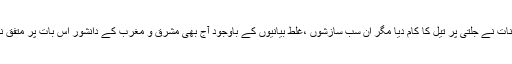
بعض سادہ لوح طالبان کے غیر دانشمندانہ کاموں اور غیر سیاسی بیانات نے جلتی پر تیل کا کام دیا مگر ان سب سازشوں ،غلط بیانیوں کے باوجود آج بھی مشرق و مغرب کے دانشور اس بات پر متفق نظر آ رہے ہیں کہ مغرب کو افغان طالبان سمجھنے میں غلطی ہوئی۔